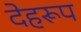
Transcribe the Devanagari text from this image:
देहरूप